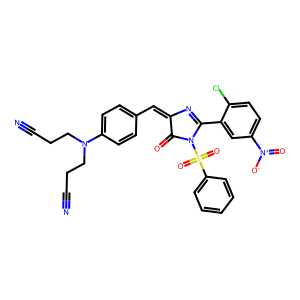
SMILES: N#CCCN(CCC#N)c1ccc(C=C2N=C(c3cc([N+](=O)[O-])ccc3Cl)N(S(=O)(=O)c3ccccc3)C2=O)cc1
Inhibits HIV replication: No